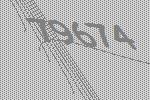
79674